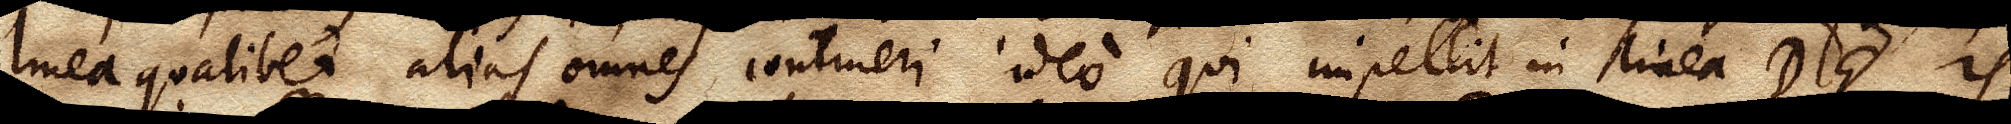
linea qualibet alias omnes contineri, ideo qui impellit in linea DE is